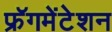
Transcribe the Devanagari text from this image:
फ्रॅगमेंटेशन